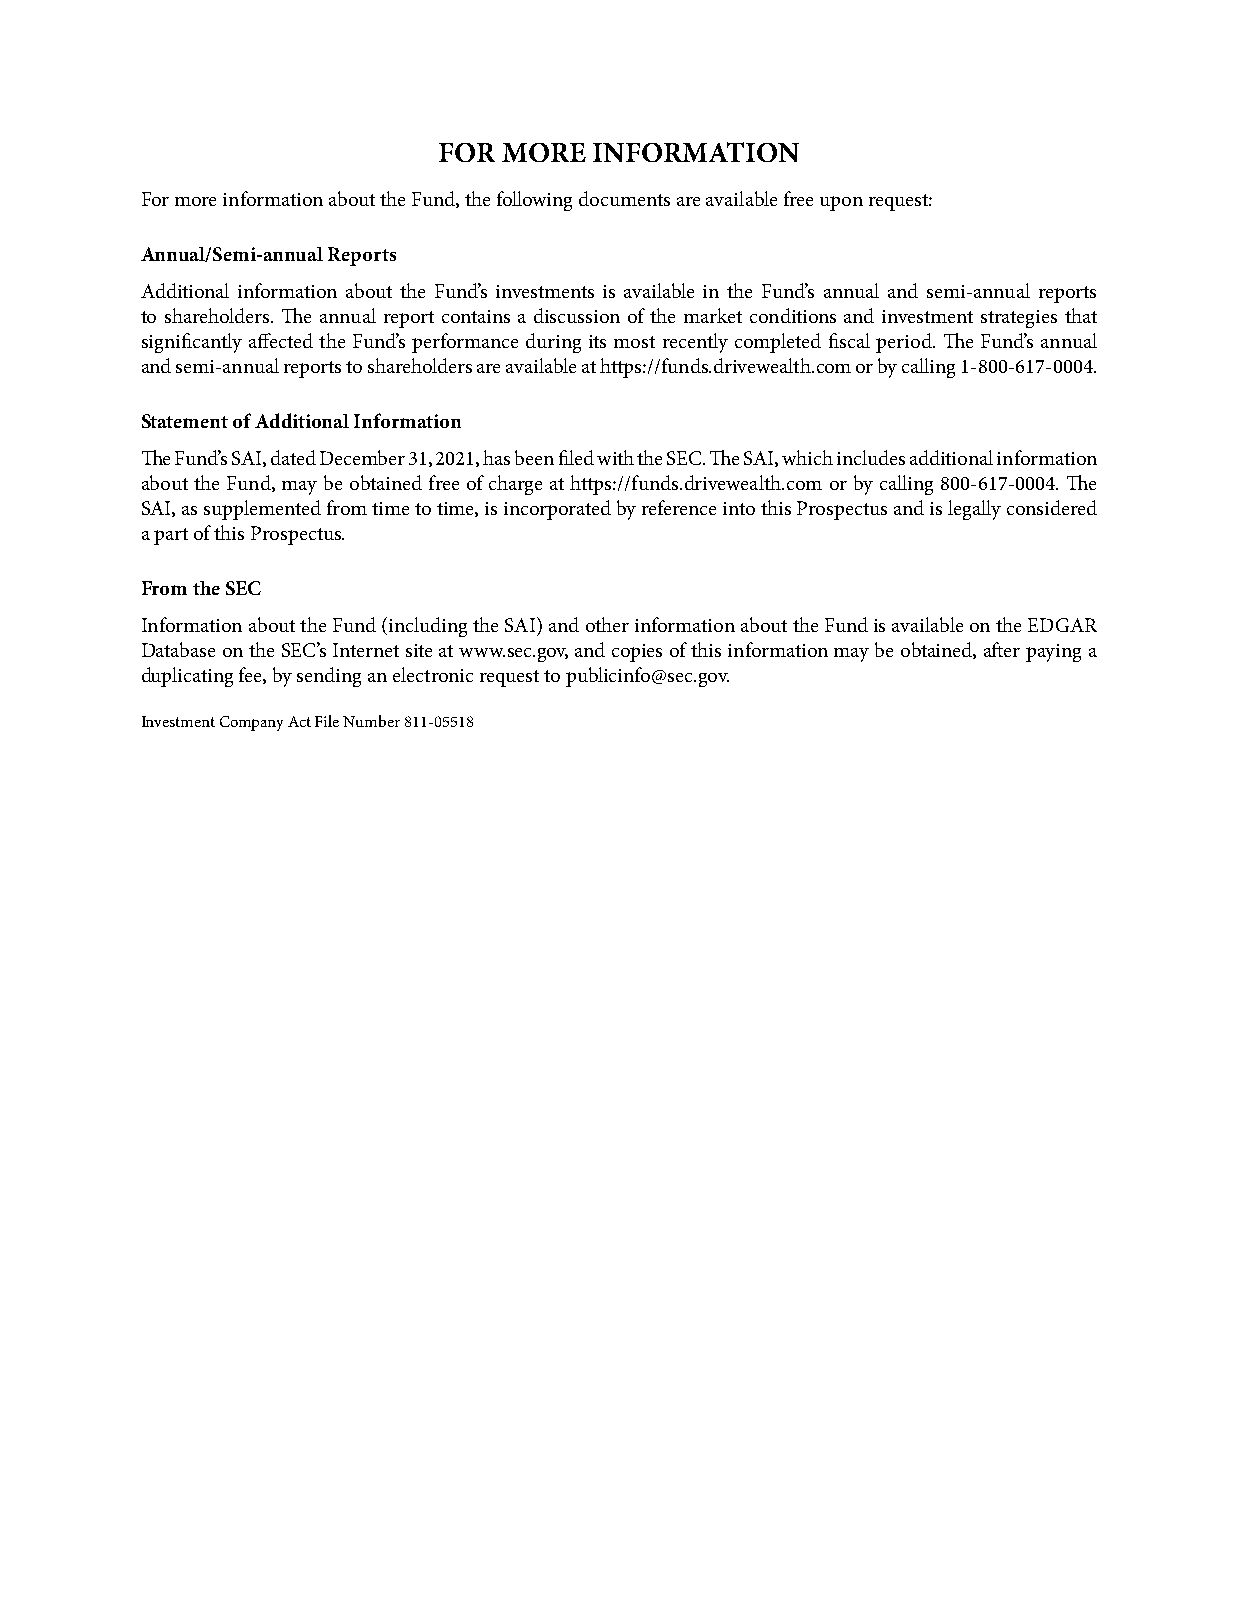
FOR MORE  INFORMATION
 For more information about the Fund, the following documents are available free upon request:
 Annual/Semi-annual Reports
 Additional information about the Fund’s investments is available in the Fund’s annual and semi-annual reports
 to shareholders� The annual report contains a discussion of the market conditions and investment strategies that
 significantly affected the Fund’s performance during its most recently completed fiscal period� The Fund’s annual
 and semi-annual reports to shareholders are available at https://funds�drivewealth�com or by calling 1-800-617-0004�
 Statement of Additional Information
 The Fund’s SAI, dated December 31, 2021, has been filed with the SEC� The SAI, which includes additional information
 about the Fund, may be obtained free of charge at https://funds�drivewealth�com or by calling 800-617-0004� The
 SAI, as supplemented from time to time, is incorporated by reference into this Prospectus and is legally considered
 a part of this Prospectus�
 From the SEC
 Information about the Fund (including the SAI) and other information about the Fund is available on the EDGAR
 Database on the SEC’s Internet site at www�sec�gov, and copies of this information may be obtained, after paying a
 duplicating fee, by sending an electronic request to publicinfo@sec�gov�
 Investment Company Act File Number 811-05518